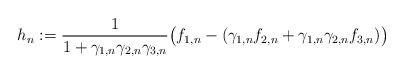
LaTeX: \begin{align*} h_n:=\frac{1}{1+\gamma_{1,n}\gamma_{2,n}\gamma_{3,n}}\big (f_{1,n}-(\gamma_{1,n}f_{2,n}+\gamma_{1,n}\gamma_{2,n}f_{3,n})\big )\end{align*}